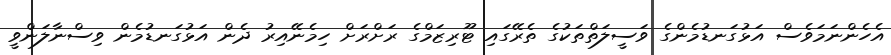
އެހެންނަމަވެސް އަޅުގަނޑުމެންގެ ވަސީލަތްތަކުގެ ތެރޭގައި ޓޫރިޒަމްގެ ރަށްރަށް ހިމެނޭއިރު ދެން އަޅުގަނޑުމެން ވިސްނާލަންވީ